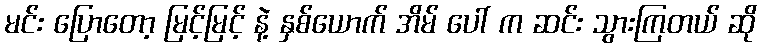
မင်း ပြောတော့ မြင့်မြင့် နဲ့ နှစ်ယောက် အိမ် ပေါ် က ဆင်း သွားကြတယ် ဆို